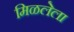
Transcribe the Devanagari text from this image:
मिळलेला